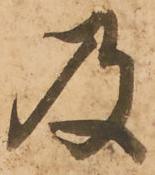
及